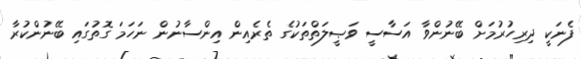
ފެނަކީ ދިރިހުރުމަށް ބޭނުންވާ އަސާސީ ވަޞީލަތްތަކުގެ ތެރެއިން އިންސާނުން ނަހަމަ ގޮތުގައި ބޭނުންކުރާ